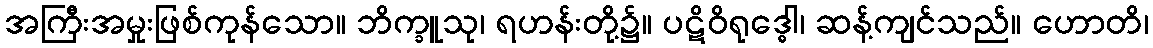
အကြီးအမှုးဖြစ်ကုန်သော။ ဘိက္ခူသု၊ ရဟန်းတို့၌။ ပဋိဝိရုဒ္ဓေါ၊ ဆန့်ကျင်သည်။ ဟောတိ၊